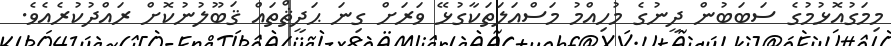
މިމަގުއޮޅުމުގެ ސަބަބުން ދީނުގެ މުހިއްމު މަސްއަލަތަކާގުޅޭ ވަރަށް ގިނަ ޙަދީޘްތައް ޤަބޫލުނުކޮށް ރައްދުކުރެއެވެ.